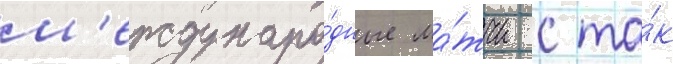
м'еждунаро́дные ма́тчи с та́к